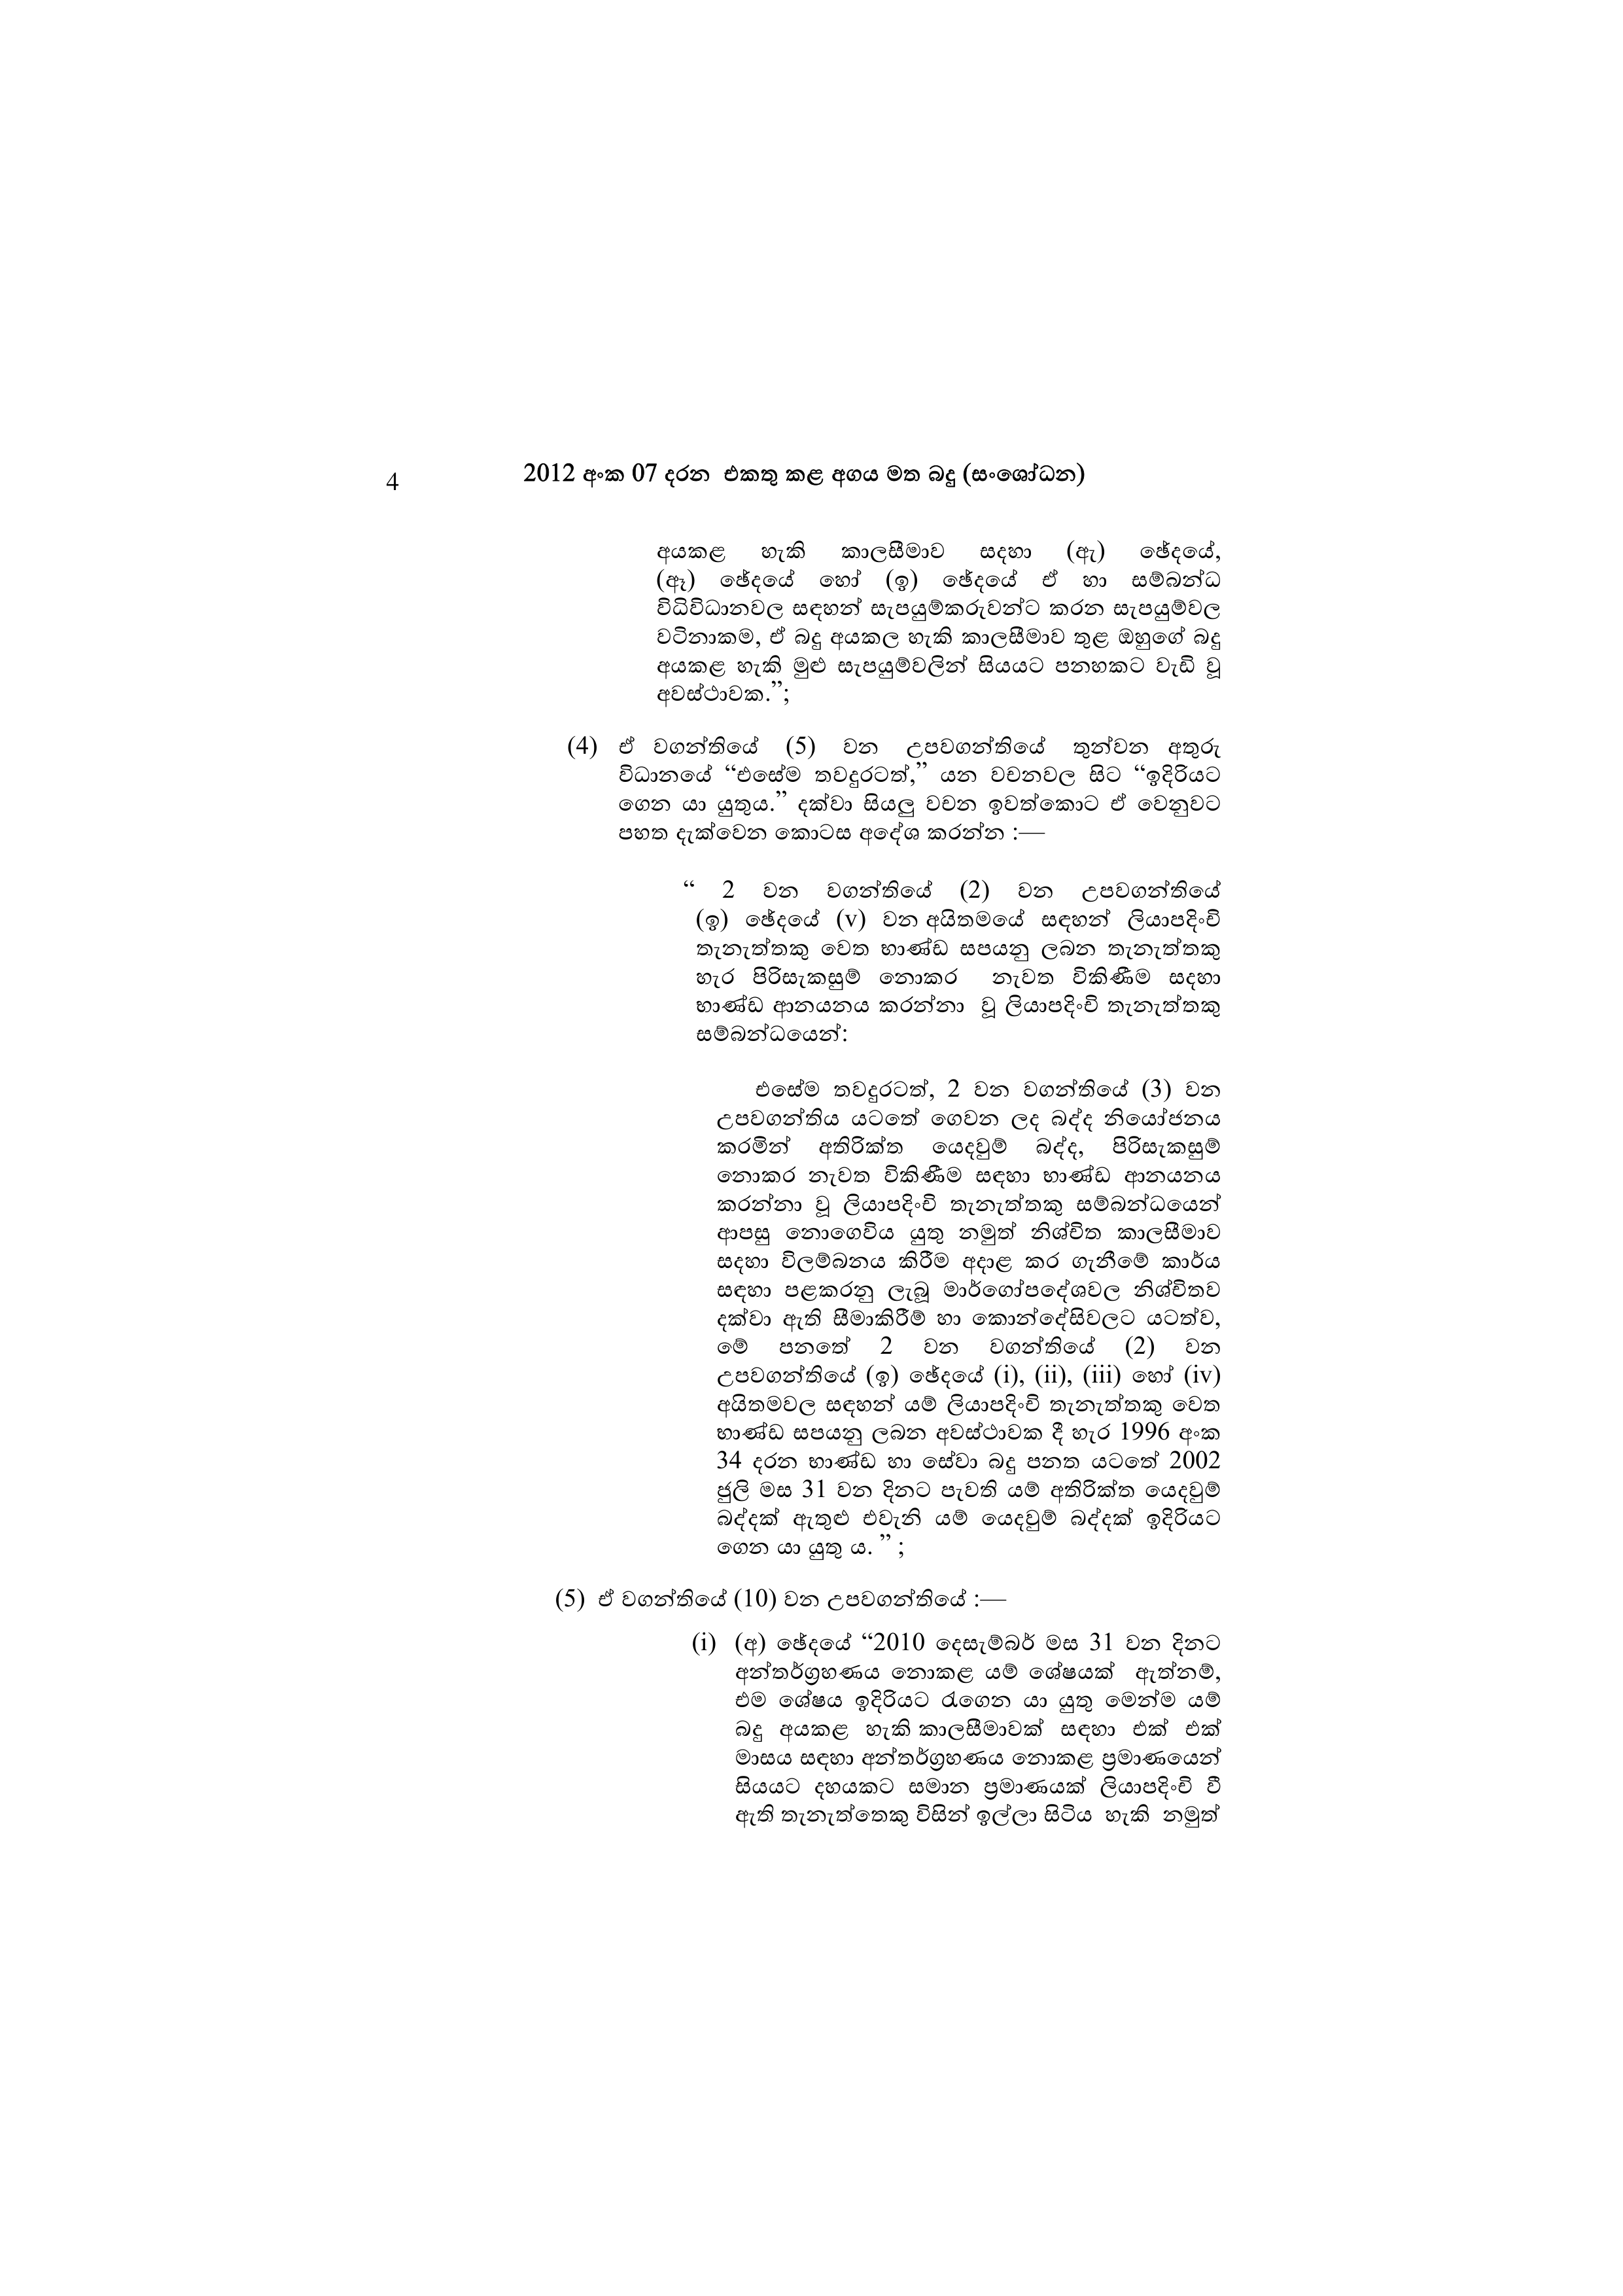
4 2012 අංක 07 දරන එකතු කළ අගය මත බදු (සංශෝධන)

අයකළ හැකි කාලසීමාව සදහා (ඇ) ඡේදයේ,
(ඈ) ඡේදයේ හෝ (ඉ) ඡේදයේ ඒ හා සම්බන්ධ
විධිවිධානවල සඳහන් සැපයුම්කරුවන්ට කරන සැපයුම්වල
වටිනාකම, ඒ බදු අයකල හැකි කාලසීමාව තුළ ඔහුගේ බදු
අයකළ හැකි මුළු සැපයුම්වලින් සියයට පනහකට වැඩි වූ
අවස්ථාවක.”;

(4) ඒ වගන්තියේ (5) වන උපවගන්තියේ තුන්වන අතුරු
විධානයේ “එසේම තවදුරටත්,” යන වචනවල සිට “ඉදිරියට
ගෙන යා යුතුය.” දක්වා සියලු වචන ඉවත්කොට ඒ වෙනුවට
පහත දැක්වෙන කොටස අදේශ කරන්න :

" 2 වන වගන්තියේ (2) වන උපවගන්තියේ
(ඉ) ඡේදයේ (v) වන අයිතමයේ සඳහන් ලියාපදිංචි
තැනැත්තකු වෙත භාණ්ඩ සපයනු ලබන තැනැත්තකු
හැර පිරිසැකසුම් නොකර නැවත විකිණීම සදහා
භාණ්ඩ ආනයනය කරන්නා වූ ලියාපදිංචි තැනැත්තකු
සම්බන්ධයෙන්:

එසේම තවදුරටත්, 2 වන වගන්තියේ (3) වන
උපවගන්තිය යටතේ ගෙවන ලද බද්ද නියෝජනය
කරමින් අතිරික්ත යෙදවුම් බද්ද, පිරිසැකසුම්
නොකර නැවත විකිණීම සඳහා භාණ්ඩ ආනයනය
කරන්නා වූ ලියාපදිංචි තැනැත්තකු සම්බන්ධයෙන්
ආපසු නොගෙවිය යුතු නමුත් නිශ්චිත කාලසීමාව
සදහා විලම්බනය කිරීම අදාළ කර ගැනීමේ කාර්ය
සඳහා පළකරනු ලැබූ මාර්ගෝපදේශවල නිශ්චිතව
දක්වා ඇති සීමාකිරීම් හා කොන්දේසිවලට යටත්ව,
මේ පනතේ 2 වන වගන්තියේ (2) වන
උපවගන්තියේ (ඉ) ඡේදයේ (i), (ii), (iii) හෝ (iv)
අයිතමවල සඳහන් යම් ලියාපදිංචි තැනැත්තකු වෙත
භාණ්ඩ සපයනු ලබන අවස්ථාවක දී හැර 1996 අංක
34 දරන භාණ්ඩ හා සේවා බදු පනත යටතේ 2002
ජුලි මස 31 වන දිනට පැවති යම් අතිරික්ත යෙදවුම්
බද්දක් ඇතුළු එවැනි යම් යෙදවුම් බද්දක් ඉදිරියට
ගෙන යා යුතු ය. ” ;

(5) ඒ වගන්තියේ (10) වන උපවගන්තියේ :-

(i) (අ) ඡේදයේ “2010 දෙසැම්බර් මස 31 වන දිනට
අන්තර්ග්‍රහණය නොකළ යම් ශේෂයක් ඇත්නම්,
එම ශේෂය ඉදිරියට රැගෙන යා යුතු මෙන්ම යම්
බදු අයකළ හැකි කාලසීමාවක් සඳහා එක් එක්
මාසය සඳහා අන්තර්ග්‍රහණය නොකළ ප්‍රමාණයෙන්
සියයට දහයකට සමාන ප්‍රමාණයක් ලියාපදිංචි වී
ඇති තැනැත්තෙකු විසින් ඉල්ලා සිටිය හැකි නමුත්